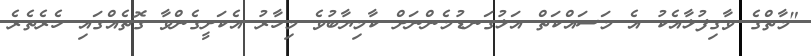
"މާތްގެ ވާގިފުޅާއެކު އެ މަސައްކަތް އަޅުގަނޑުމެންނަށް ކާމިޔާބުވެ މިހާރު އެކަށީގެންވާ ގޮތެއްގައި ހެރެތެރެ